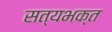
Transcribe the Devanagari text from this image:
सत्यभक्त